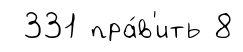
331 пра́в'ить 8